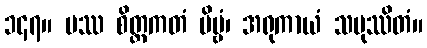
၁၄၇။ ပဿ စိတ္တကတံ ဗိမ္ဗံ၊ အရုကာယံ သမုဿိတံ။